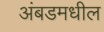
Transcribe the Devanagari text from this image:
अंबडमधील